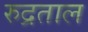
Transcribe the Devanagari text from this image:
रुद्रताल